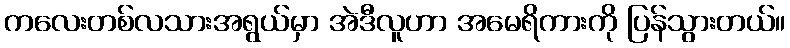
ကလေးတစ်လသားအရွယ်မှာ အဲဒီလူဟာ အမေရိကားကို ပြန်သွားတယ်။